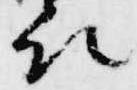
取